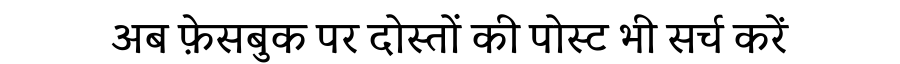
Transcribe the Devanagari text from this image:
अब फ़ेसबुक पर दोस्तों की पोस्ट भी सर्च करें